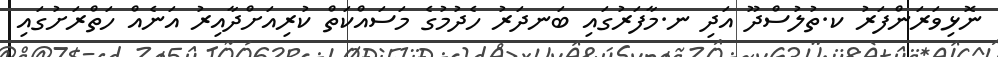
ނޮޅިވަރަންފަރު ކ.ތުލުސްދޫ އަދި ނ.މާފަރުގައި ބަނދަރު ހެދުމުގެ މަސައްކަތް ކުރިއަށްދާއިރު އަނެއް ހަތްރަށުގައި